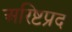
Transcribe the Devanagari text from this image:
अरिष्टप्रद